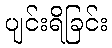
ပျင်းရိခြင်း